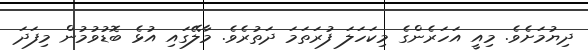
ދިޔުމަށެވެ. މިއީ އަހަރެންގެ މިކަހަލަ ފުރަތަމަ ދަތުރެވެ. މާލޭގައި އުޅެ ބޮޑުވުމުން މިފަދަ